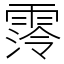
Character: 霗